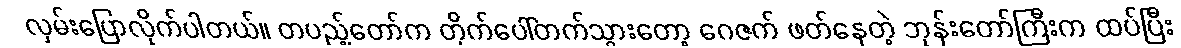
လှမ်းပြောလိုက်ပါတယ်။ တပည့်တော်က တိုက်ပေါ်တက်သွားတော့ ဂေဇက် ဖတ်နေတဲ့ ဘုန်းတော်ကြီးက ထပ်ပြီး